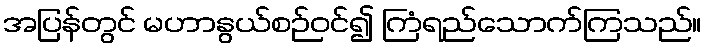
အပြန်တွင် မဟာနွယ်စဉ်ဝင်၍ ကြံရည်သောက်ကြသည်။